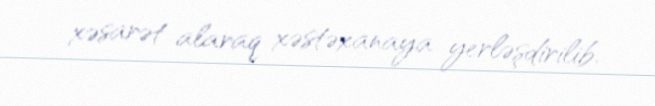
xəsarət alaraq xəstəxanaya yerləşdirilib.